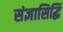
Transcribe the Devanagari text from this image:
संज्ञासिद्धिं